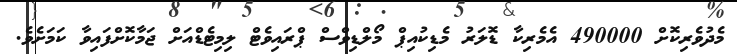
މެދުވެރިކޮށް 490000 އެމެރިކާ ޑޮލަރު މެޑިކުއިޕް މޯލްޑިވްސް ޕްރައިވެޓް ލިމިޓެޑްއަށް ޖަމާކޮށްފައިވާ ކަމަށެވެ.